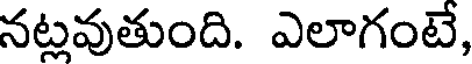
నట్లవుతుంది. ఎలాగంటే,